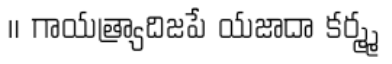
॥ గాయత్ర్యాదిజపే యజాదా కర్మ్మ